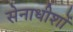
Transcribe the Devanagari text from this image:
सेनाधीशों